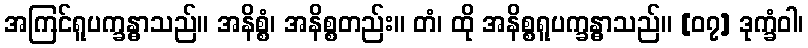
အကြင်ရူပက္ခန္ဓာသည်။ အနိစ္စံ၊ အနိစ္စတည်း။ တံ၊ ထို အနိစ္စရူပက္ခန္ဓာသည်။ [၀၇] ဒုက္ခံဝါ၊